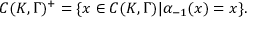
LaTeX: { \cal C } ( { \cal K } , \Gamma ) ^ { + } = \{ x \in { \cal C } ( { \cal K } , \Gamma ) | \alpha _ { - 1 } ( x ) = x \} .